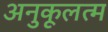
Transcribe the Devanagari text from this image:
अनुकूलत्म